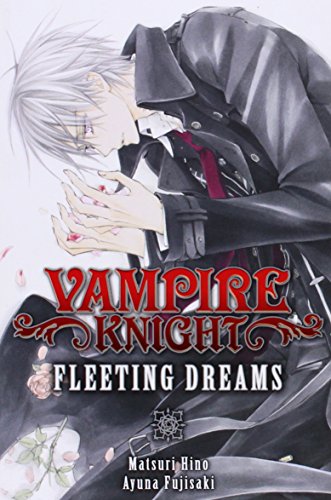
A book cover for Vampire Knight: Fleeting Dreams; Matsuri Hino; Science Fiction & Fantasy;